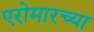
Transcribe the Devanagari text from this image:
एरोमारच्या